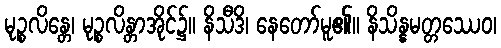
မုဉ္စလိန္တေ၊ မုဉ္စလိန္တာအိုင်၌။ နိသီဒိ၊ နေတော်မူ၏။ နိသိန္နမတ္တဿေဝ၊